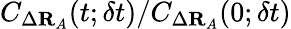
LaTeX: C_{\Delta\mathbf{R}_{A}}(t;\delta t)/C_{\Delta\mathbf{R}_{A}}(0;\delta t)